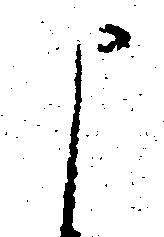
申